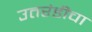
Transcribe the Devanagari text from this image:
उतरंडीचा